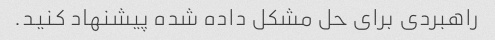
راهبردی برای حل مشکل داده شده پیشنهاد کنید.